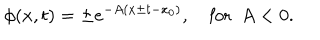
\phi ( x , t ) = \pm e ^ { - A ( x \pm t - x _ { 0 } ) } , \quad \mathrm { f o r } \ \ A < 0 .